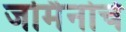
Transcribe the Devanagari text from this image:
जर्मिनोचे